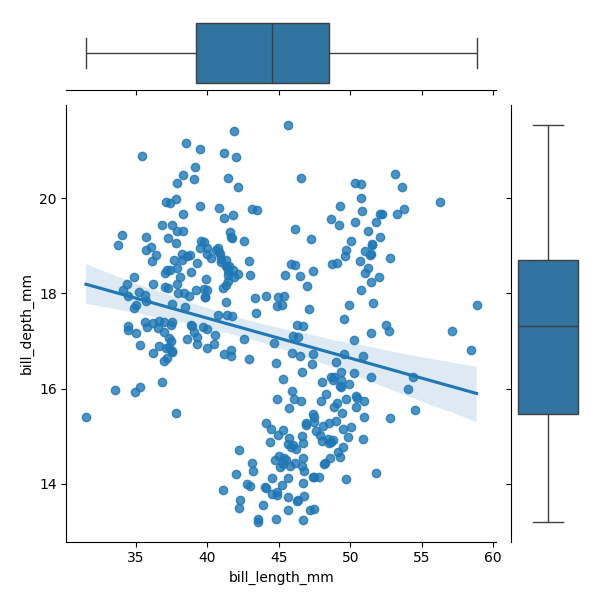
python, seaborn, JointGrid, regplot, boxplot